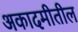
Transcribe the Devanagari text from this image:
अकादमीतील